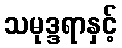
သမုဒ္ဒရာနှင့်